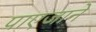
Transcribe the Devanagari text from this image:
पाएजाने